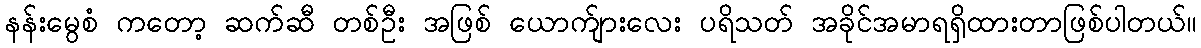
နန်းမွေစံ ကတော့ ဆက်ဆီ တစ်ဦး အဖြစ် ယောက်ျားလေး ပရိသတ် အခိုင်အမာရရှိထားတာဖြစ်ပါတယ်။